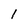
Character: l